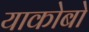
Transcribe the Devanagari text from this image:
याकोबो